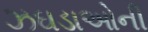
ઝઘડાઓની